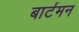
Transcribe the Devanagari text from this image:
बार्टमन